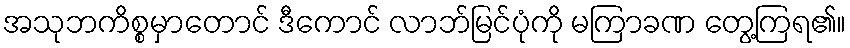
အသုဘကိစ္စမှာတောင် ဒီကောင် လာဘ်မြင်ပုံကို မကြာခဏ တွေ့ကြရ၏။